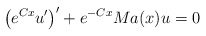
\begin{align*}\bigl{(}e^{Cx} u'\bigr{)}' + e^{-Cx} M a(x) u = 0\end{align*}